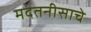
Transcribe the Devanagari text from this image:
मदतनीसाचे